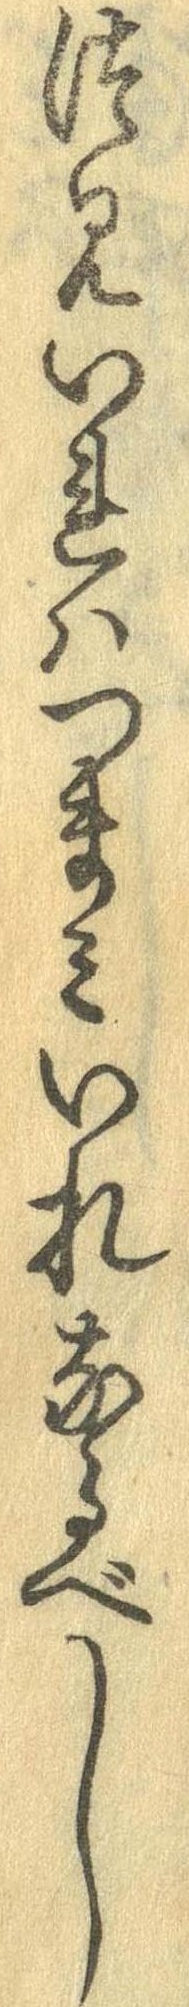
つみいれはつまみいれなるべし